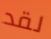
لقد